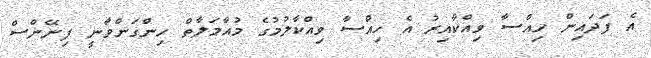
އެ ފަދައިން ހިއްސާ ވިއްކާއިރު އެ ހިއްސާ ވިއްކާލުމުގެ މުއާމަލާތް ހިންގަންވާނީ ފިނޭންސް